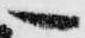
へ